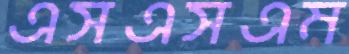
এসএসএম